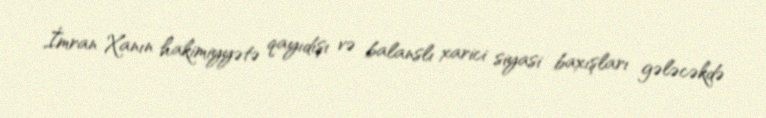
İmran Xanın hakimiyyətə qayıdışı və balanslı xarici siyasi baxışları gələcəkdə